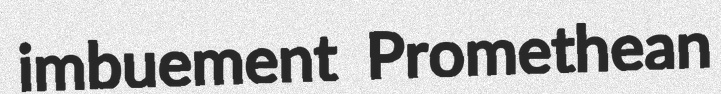
imbuement Promethean